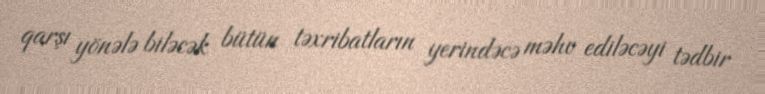
qarşı yönələ biləcək bütün təxribatların yerindəcə məhv ediləcəyi tədbir